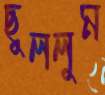
ছুললুম